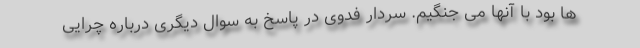
ها بود با آنها می جنگیم. سردار فدوی در پاسخ به سوال دیگری درباره چرایی